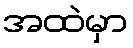
အထဲမှာ